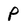
Character: P